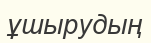
ұшырудың